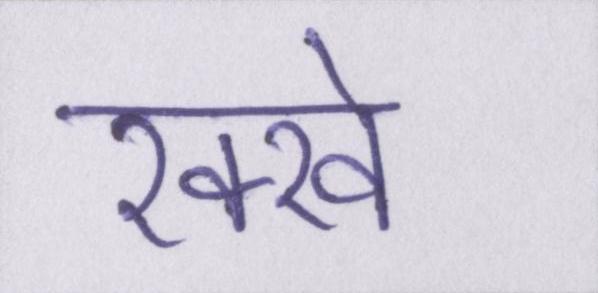
रक्खे